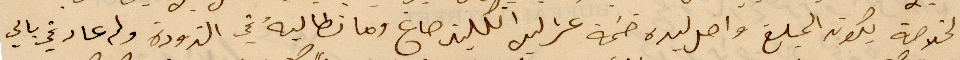
الخلاصة يكون المبلغ واصل ليده ضمة %% انكليز صاغ وما تطالبه في التدودة ولم عاد يجي بالي